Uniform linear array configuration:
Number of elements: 4
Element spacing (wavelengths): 0.25
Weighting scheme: uniform
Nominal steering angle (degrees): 45
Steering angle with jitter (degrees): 43.978
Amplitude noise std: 0.05
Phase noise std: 0.05

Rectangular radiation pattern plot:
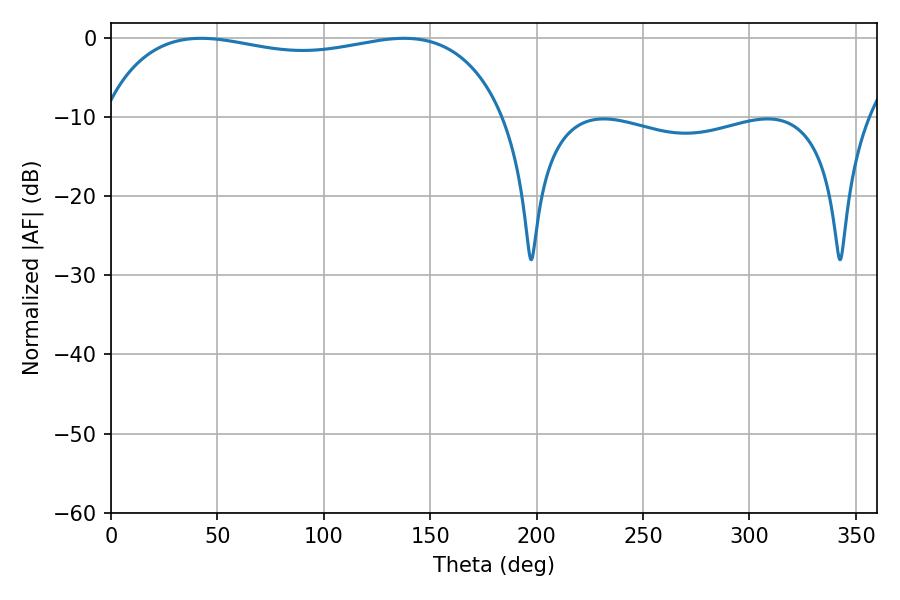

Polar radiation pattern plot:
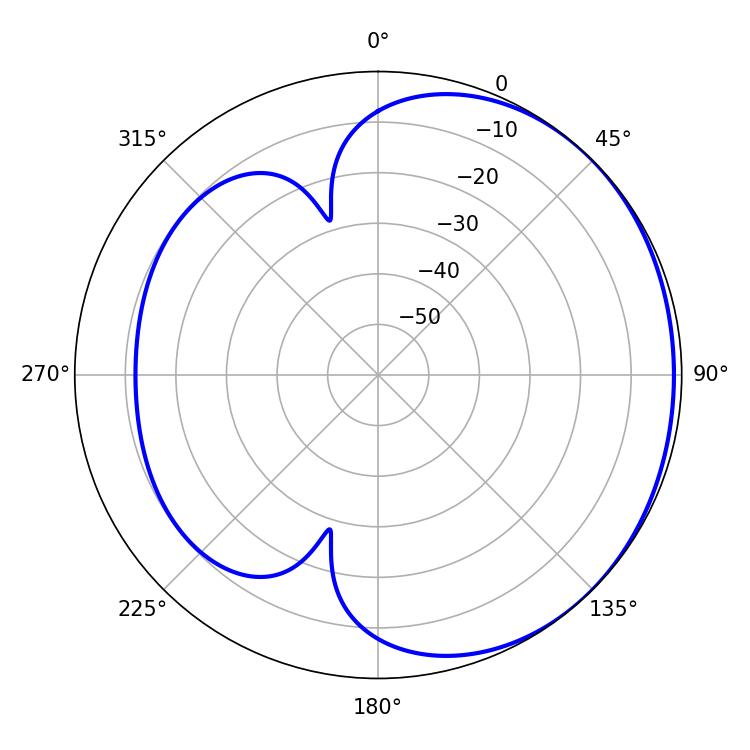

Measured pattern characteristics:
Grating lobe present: FALSE
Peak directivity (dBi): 1.217
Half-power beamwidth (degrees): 153.72
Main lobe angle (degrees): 42.3